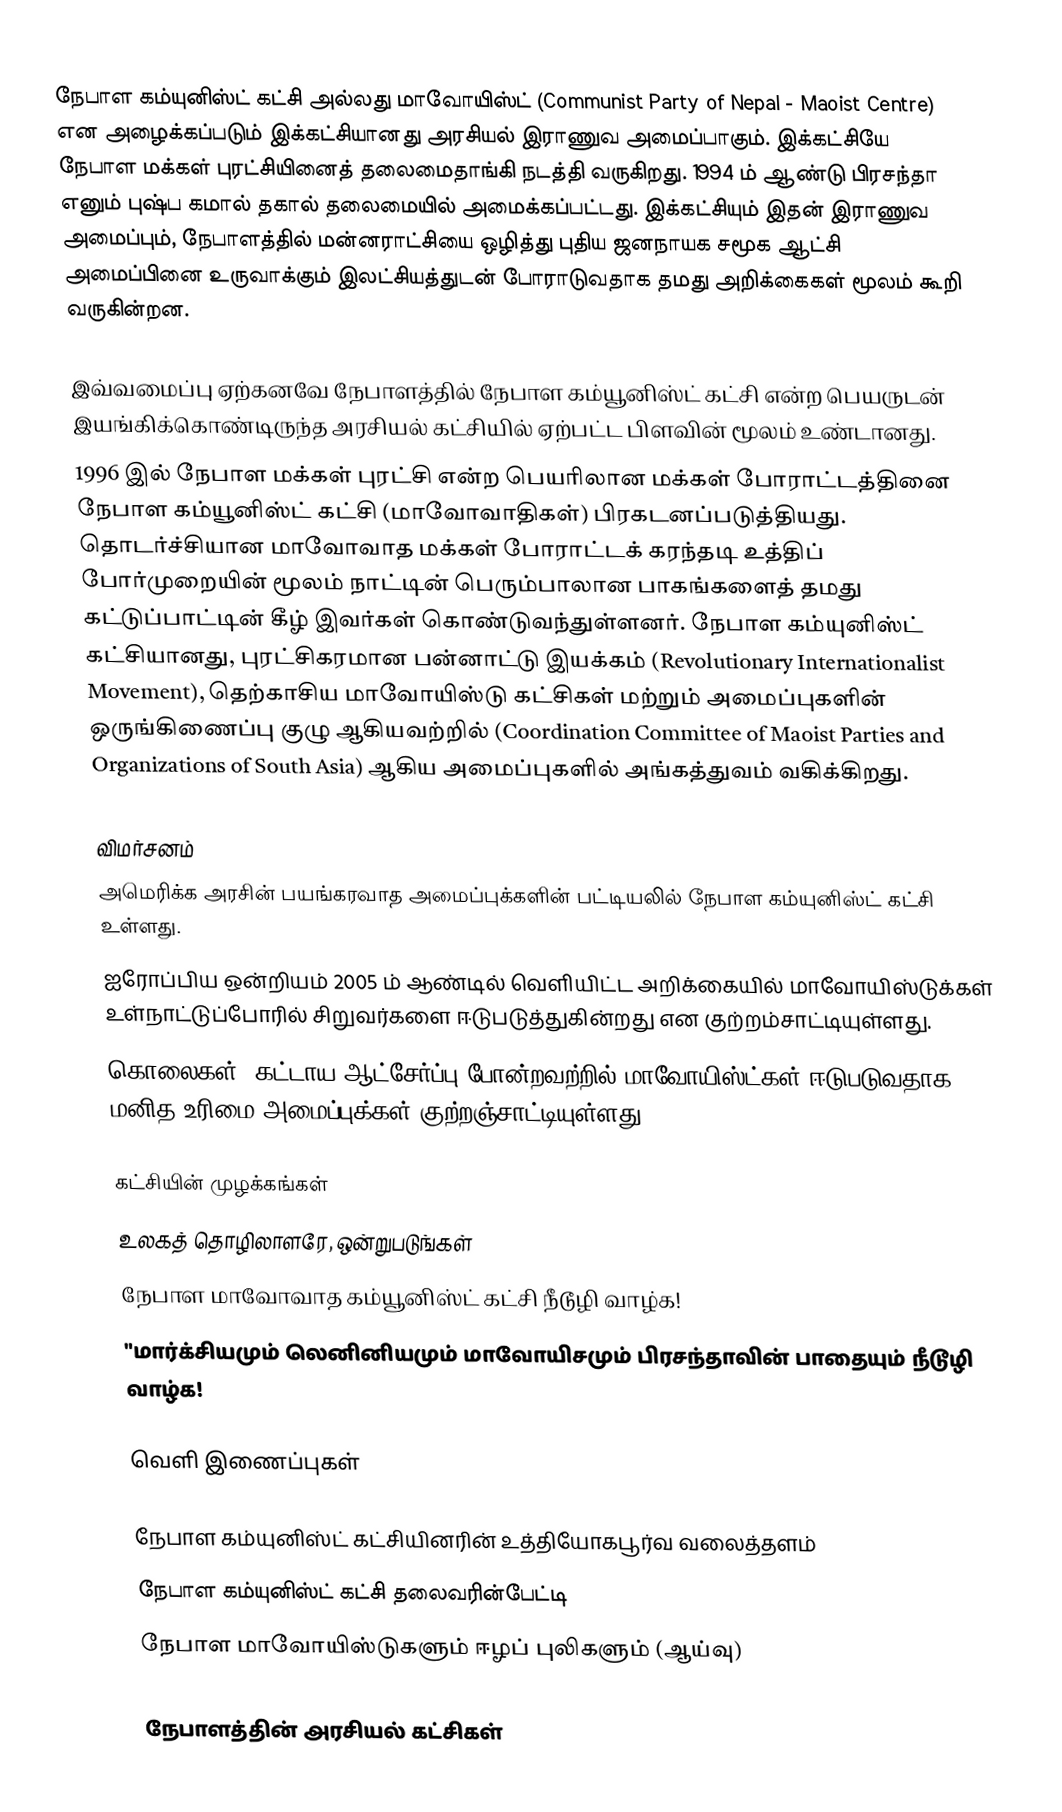
நேபாள கம்யுனிஸ்ட் கட்சி அல்லது மாவோயிஸ்ட் (Communist Party of Nepal - Maoist Centre) என அழைக்கப்படும் இக்கட்சியானது அரசியல் இராணுவ அமைப்பாகும். இக்கட்சியே நேபாள மக்கள் புரட்சியினைத் தலைமைதாங்கி நடத்தி வருகிறது. 1994 ம் ஆண்டு பிரசந்தா எனும்  புஷ்ப கமால் தகால்  தலைமையில் அமைக்கப்பட்டது. இக்கட்சியும் இதன் இராணுவ அமைப்பும், நேபாளத்தில் மன்னராட்சியை ஒழித்து புதிய ஜனநாயக சமூக ஆட்சி அமைப்பினை உருவாக்கும் இலட்சியத்துடன் போராடுவதாக தமது அறிக்கைகள் மூலம் கூறி வருகின்றன.

இவ்வமைப்பு ஏற்கனவே நேபாளத்தில் நேபாள கம்யூனிஸ்ட் கட்சி என்ற பெயருடன் இயங்கிக்கொண்டிருந்த அரசியல் கட்சியில் ஏற்பட்ட பிளவின் மூலம் உண்டானது.
1996 இல் நேபாள மக்கள் புரட்சி என்ற பெயரிலான மக்கள் போராட்டத்தினை நேபாள கம்யூனிஸ்ட் கட்சி (மாவோவாதிகள்) பிரகடனப்படுத்தியது. தொடர்ச்சியான மாவோவாத மக்கள் போராட்டக் கரந்தடி உத்திப் போர்முறையின் மூலம் நாட்டின் பெரும்பாலான பாகங்களைத் தமது கட்டுப்பாட்டின் கீழ் இவர்கள் கொண்டுவந்துள்ளனர். நேபாள கம்யுனிஸ்ட் கட்சியானது, புரட்சிகரமான பன்னாட்டு இயக்கம் (Revolutionary Internationalist Movement), தெற்காசிய மாவோயிஸ்டு கட்சிகள் மற்றும் அமைப்புகளின் ஒருங்கிணைப்பு குழு ஆகியவற்றில் (Coordination Committee of Maoist Parties and Organizations of South Asia) ஆகிய அமைப்புகளில் அங்கத்துவம் வகிக்கிறது.

விமர்சனம்
 அமெரிக்க அரசின் பயங்கரவாத அமைப்புக்களின் பட்டியலில் நேபாள கம்யுனிஸ்ட் கட்சி உள்ளது.
 ஐரோப்பிய ஒன்றியம் 2005 ம் ஆண்டில் வெளியிட்ட அறிக்கையில் மாவோயிஸ்டுக்கள் உள்நாட்டுப்போரில் சிறுவர்களை ஈடுபடுத்துகின்றது என குற்றம்சாட்டியுள்ளது.
 கொலைகள், கட்டாய ஆட்சேர்ப்பு போன்றவற்றில் மாவோயிஸ்ட்கள் ஈடுபடுவதாக மனித உரிமை அமைப்புக்கள் குற்றஞ்சாட்டியுள்ளது.

கட்சியின் முழக்கங்கள்
 உலகத் தொழிலாளரே, ஒன்றுபடுங்கள்
 நேபாள மாவோவாத கம்யூனிஸ்ட் கட்சி நீடூழி வாழ்க!
 "மார்க்சியமும் லெனினியமும் மாவோயிசமும் பிரசந்தாவின் பாதையும் நீடூழி வாழ்க!

வெளி இணைப்புகள்

 நேபாள கம்யுனிஸ்ட் கட்சியினரின் உத்தியோகபூர்வ வலைத்தளம்
 நேபாள கம்யுனிஸ்ட் கட்சி தலைவரின்பேட்டி
 நேபாள மாவோயிஸ்டுகளும் ஈழப் புலிகளும் (ஆய்வு)

நேபாளத்தின் அரசியல் கட்சிகள்